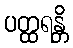
ပတ္ထရန္တိ